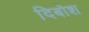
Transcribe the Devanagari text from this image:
दिबोश